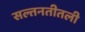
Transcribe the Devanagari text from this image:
सल्तनतीतली